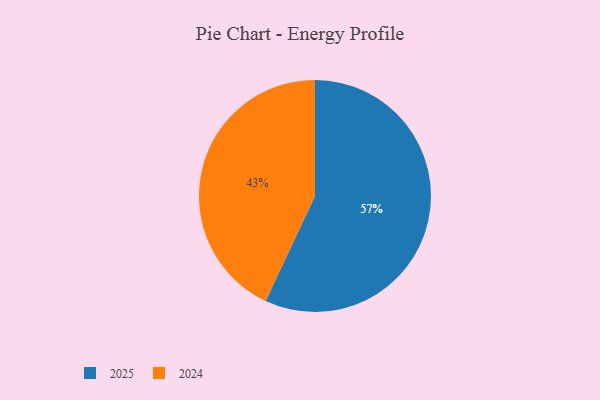
{"axis": {"x": "Category", "y": "Percentage"}, "legend": ["2024", "2025"], "data": [{"x": "2025", "y": 57, "type": "2025"}, {"x": "2024", "y": 43, "type": "2024"}]}